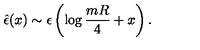
{ \hat { \epsilon } } ( x ) \sim \epsilon \left( \log { \frac { m R } { 4 } } + x \right) .